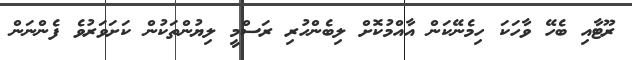
ރޫޓާއި ބެހޭ ވާހަކަ ހިމެނޭކަން އާއްމުކޮށް ލިބެންހުރި ރަސްމީ ލިޔުންތަކުން ކަށަވަރުވެ ފެންނަން